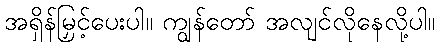
အရှိန်မြှင့်ပေးပါ။ ကျွန်တော် အလျင်လိုနေလို့ပါ။